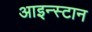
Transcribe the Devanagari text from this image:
आइन्स्टान